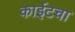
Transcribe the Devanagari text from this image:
काईटचा